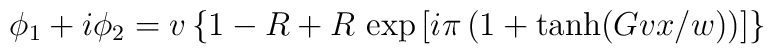
\phi_1+i\phi_2=v\left\{1-R+R\,\exp    \left[i\pi\left(1+\tanh(Gvx/w)\right)\right]\right\}